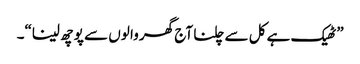
”ٹھیک ہے کل سے چلنا آج گھر وا لوں سے پو چھ لینا“۔